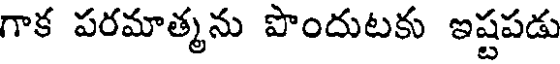
గాక పరమాత్మను పొందుటకు ఇష్టపడు